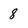
Character: 8